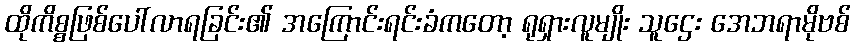
ထိုကိစ္စဖြစ်ပေါ်လာရခြင်း၏ အကြောင်းရင်းခံကတော့ ရုရှားလူမျိုး သူဌေး အေဘရာမိုဗစ်